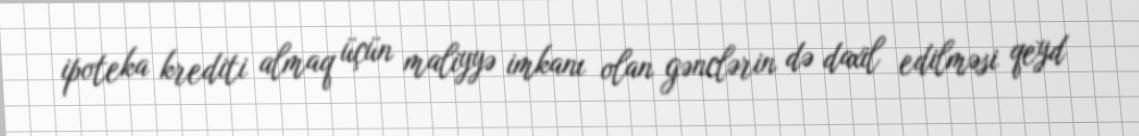
ipoteka krediti almaq üçün maliyyə imkanı olan gənclərin də daxil edilməsi qeyd